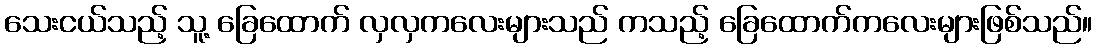
သေးငယ်သည့် သူ့ ခြေထောက် လှလှကလေးများသည် ကသည့် ခြေထောက်ကလေးများဖြစ်သည်။